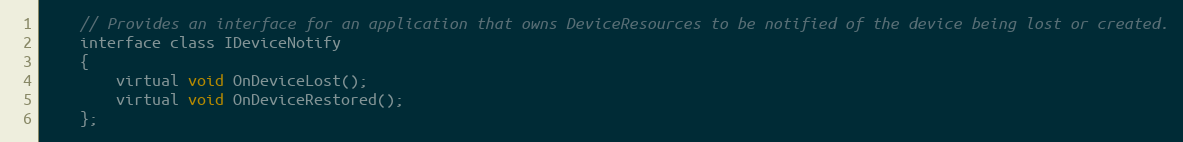
Language: C
    // Provides an interface for an application that owns DeviceResources to be notified of the device being lost or created.
    interface class IDeviceNotify
    {
        virtual void OnDeviceLost();
        virtual void OnDeviceRestored();
    };